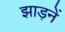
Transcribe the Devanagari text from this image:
झाड़नें